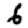
Digit: 6